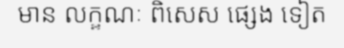
មាន លក្ខណៈ ពិសេស ផ្សេង ទៀត